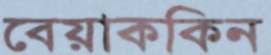
বেয়াককিন